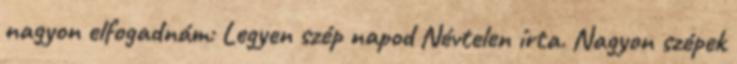
nagyon elfogadnám: Legyen szép napod Névtelen írta. Nagyon szépek